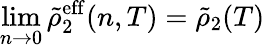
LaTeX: \operatorname*{lim}_{n\to 0}\tilde{\rho}_{2}^{\mathrm{eff}}(n,T)=\tilde{\rho}_{2}(T)